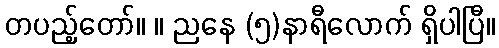
တပည့်တော်။ ။ ညနေ (၅)နာရီလောက် ရှိပါပြီ။